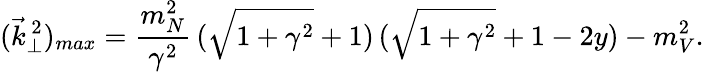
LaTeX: (\vec{k}_{\perp}^{\, 2})_{max}=\frac{m_{N}^{2}}{\gamma^{2}}\, (\sqrt{1+\gamma^{2}}+1)\, (\sqrt{1+\gamma^{2}}+1-2y)-m_{V}^{2}.